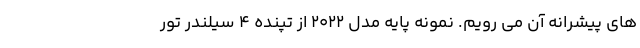
های پیشرانه آن می رویم. نمونه پایه مدل 2022 از تپنده 4 سیلندر تور